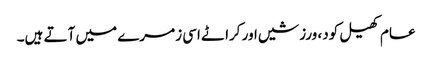
عام کھیل کود، ورزشیں اور کراٹے اسی زمرے میں آتے ہیں۔